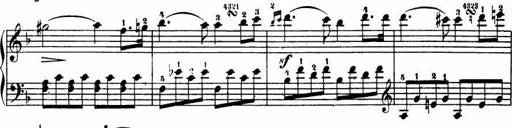
Title: Le bouquetier
Composer: Anton Diabelli
Key: G major
 C major
 F major
 C major